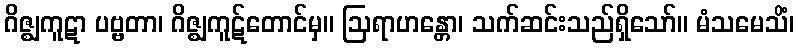
ဂိဇ္ဈကူဋာ ပဗ္ဗတာ၊ ဂိဇ္ဈကူဋ်တောင်မှ။ ဩရာဟန္တော၊ သက်ဆင်းသည်ရှိသော်။ မံသမေသိံ၊